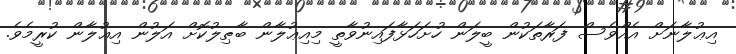
އިޢުލާނަށް އެއްވެސް ފަރާތަކުން ބީލަން ހުށަހަޅާފައިނުވާތީ މިއިޢުލާން ބާޠިލުކޮށް އަލުން އިޢުލާން ކުރީމެވެ.